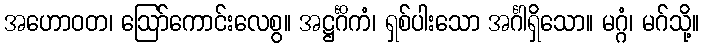
အဟောဝတ၊ ဩော်ကောင်းလေစွ။ အဋ္ဌင်္ဂိကံ၊ ရှစ်ပါးသော အင်္ဂါရှိသော။ မဂ္ဂံ၊ မဂ်သို့။